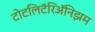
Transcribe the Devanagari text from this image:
टोटलिटॅरिॲनिझम